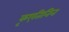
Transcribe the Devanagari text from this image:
कृएतिनिन